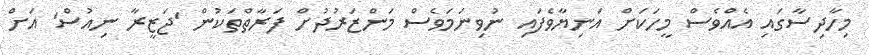
މިހާދިސާގައި އެއްވެސް މީހަކަށް އަނިޔާވެފައި ނުވިިނަމަވެސް މަންޒަރުދުށް ފަރާތްތަކުން 'ޖަޒީރާ ނިއުސް' އަށް